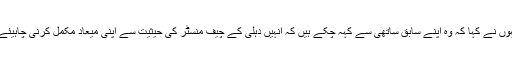
انہوں نے کہا کہ وہ اپنے سابق ساتھی سے کہہ چکے ہیں کہ انہیں دہلی کے چیف منسٹر کی حیثیت سے اپنی میعاد مکمل کرنی چاہیئے ۔